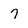
Character: 7